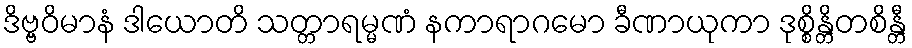
ဒိဗ္ဗဝိမာနံ ဒါယောတိ သတ္တာရမ္မဏံ နကာရာဂမော ခီဏာယုကာ ဒုစ္စိန္တိတစိန္တီ